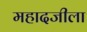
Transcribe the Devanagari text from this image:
महादजीला